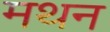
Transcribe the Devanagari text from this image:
मथन